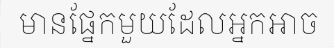
មានផ្នែកមួយដែលអ្នកអាច